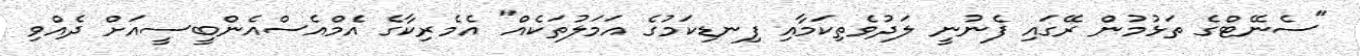
"ސެނޭޓްގެ ތަޅުމުން ރޭގައި ފެނުނީ ލަދުވެތިކަމާއި ފިނޑިކަމުގެ އަމަލުތަކެއް" އެމެރިކާގެ އެމްއެސްއެންބީސީއަށް ދެއްވި